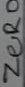
Text: ZERO